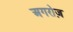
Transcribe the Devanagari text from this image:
अगरोज़